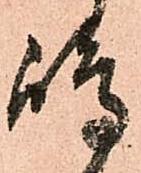
嶋